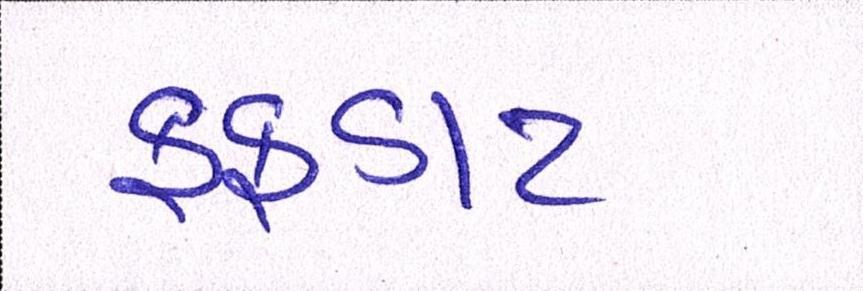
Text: ફફડાટ